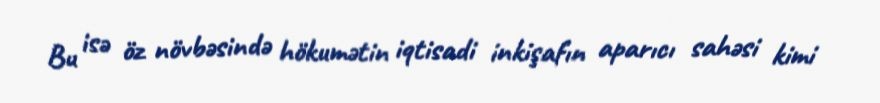
Bu isə öz növbəsində hökumətin iqtisadi inkişafın aparıcı sahəsi kimi